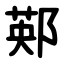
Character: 䣐